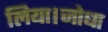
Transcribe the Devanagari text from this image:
लिया।जोधा